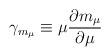
LaTeX: \begin{align*}\gamma _{m_{\mu }}\equiv \mu \frac{\partial m_{\mu }}{\partial \mu }\end{align*}